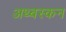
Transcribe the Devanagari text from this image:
अथ्बस्कन